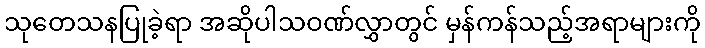
သုတေသနပြုခဲ့ရာ အဆိုပါသဝဏ်လွှာတွင် မှန်ကန်သည့်အရာများကို